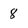
Character: 8